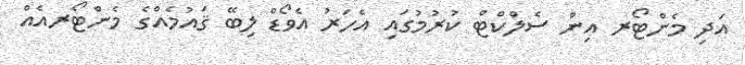
އަދި މެންޓޯރ އިން ސެލްކްޓް ކުރުމުގައި އެހަރު އެވޯޑް ލިބޭ ޤައުމެއްގެ މެންޓޯރއެއް